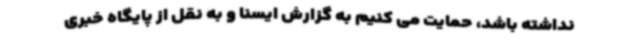
نداشته باشد، حمایت می کنیم به گزارش ایسنا و به نقل از پایگاه خبری